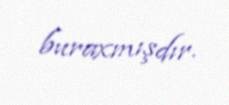
buraxmışdır.